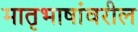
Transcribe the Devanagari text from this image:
मातृभाषांवरील